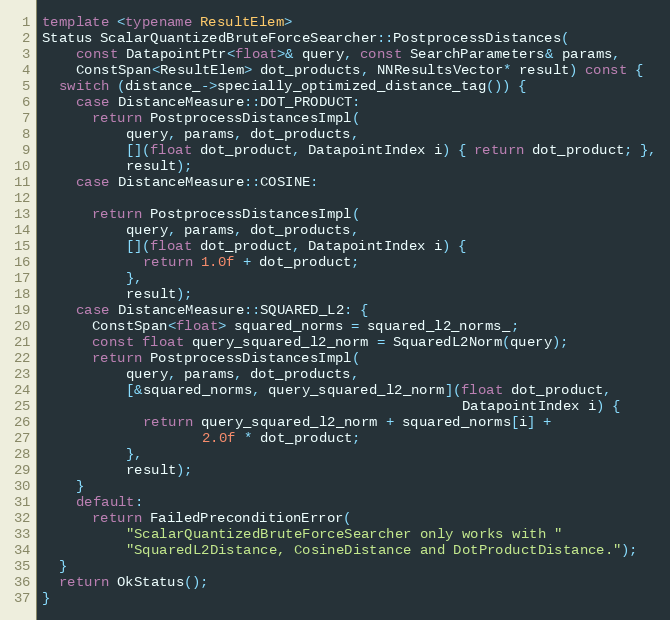
Language: C++
template <typename ResultElem>
Status ScalarQuantizedBruteForceSearcher::PostprocessDistances(
    const DatapointPtr<float>& query, const SearchParameters& params,
    ConstSpan<ResultElem> dot_products, NNResultsVector* result) const {
  switch (distance_->specially_optimized_distance_tag()) {
    case DistanceMeasure::DOT_PRODUCT:
      return PostprocessDistancesImpl(
          query, params, dot_products,
          [](float dot_product, DatapointIndex i) { return dot_product; },
          result);
    case DistanceMeasure::COSINE:

      return PostprocessDistancesImpl(
          query, params, dot_products,
          [](float dot_product, DatapointIndex i) {
            return 1.0f + dot_product;
          },
          result);
    case DistanceMeasure::SQUARED_L2: {
      ConstSpan<float> squared_norms = squared_l2_norms_;
      const float query_squared_l2_norm = SquaredL2Norm(query);
      return PostprocessDistancesImpl(
          query, params, dot_products,
          [&squared_norms, query_squared_l2_norm](float dot_product,
                                                  DatapointIndex i) {
            return query_squared_l2_norm + squared_norms[i] +
                   2.0f * dot_product;
          },
          result);
    }
    default:
      return FailedPreconditionError(
          "ScalarQuantizedBruteForceSearcher only works with "
          "SquaredL2Distance, CosineDistance and DotProductDistance.");
  }
  return OkStatus();
}